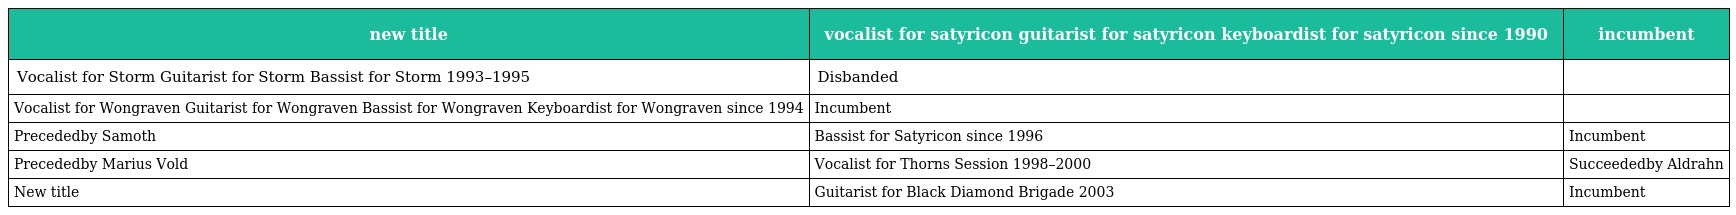
| new title | vocalist for satyricon guitarist for satyricon keyboardist for satyricon since 1990 | incumbent |
 | --- | --- | --- |
 | Vocalist for Storm Guitarist for Storm Bassist for Storm 1993–1995 | Disbanded |  |
 | Vocalist for Wongraven Guitarist for Wongraven Bassist for Wongraven Keyboardist for Wongraven since 1994 | Incumbent |  |
 | Precededby Samoth | Bassist for Satyricon since 1996 | Incumbent |
 | Precededby Marius Vold | Vocalist for Thorns Session 1998–2000 | Succeededby Aldrahn |
 | New title | Guitarist for Black Diamond Brigade 2003 | Incumbent |